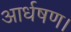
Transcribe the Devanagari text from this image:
आर्धषण।